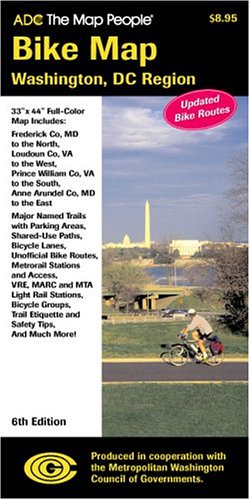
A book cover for Bike Map Washington DC Region; the Map People ADC; Travel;